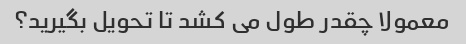
معمولا چقدر طول می کشد تا تحویل بگیرید؟